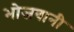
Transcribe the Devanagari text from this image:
भोजवानी